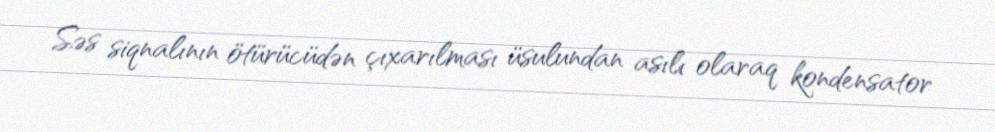
Səs siqnalının ötürücüdən çıxarılması üsulundan asılı olaraq kondensator